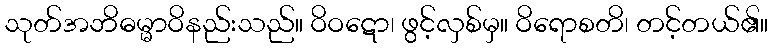
သုတ်အဘိဓမ္မာဝိနည်းသည်။ ဝိဝဋော၊ ဖွင့်လှစ်မှ။ ဝိရောစတိ၊ တင့်တယ်၏။